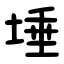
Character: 埵